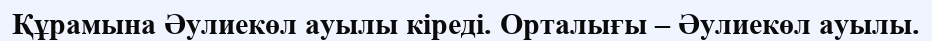
Құрамына Әулиекөл ауылы кіреді. Орталығы – Әулиекөл ауылы.